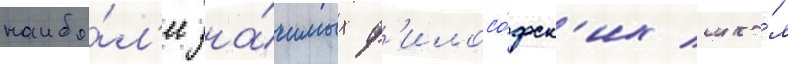
наибо́л'ее зна́чимых ф'илосо́фск'их шко́л